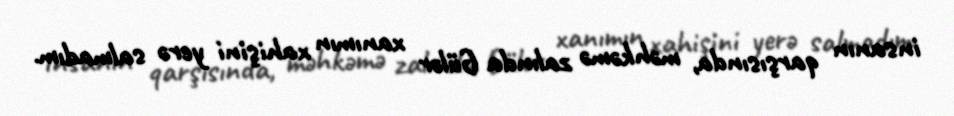
insanın qarşısında, məhkəmə zalında Gülər xanımın xahişini yerə salmadım.